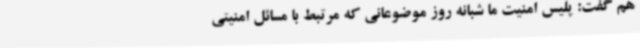
هم گفت: پلیس امنیت ما شبانه روز موضوعانی که مرتبط با مسائل امنیتی